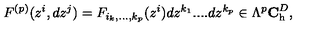
F ^ { ( p ) } ( z ^ { i } , d z ^ { j } ) = F _ { i _ { k } , . . . , k _ { p } } ( z ^ { i } ) d z ^ { k _ { 1 } } . . . . d z ^ { k _ { p } } \in \Lambda ^ { p } { \bf C } _ { \mathrm { h } } ^ { D } ,